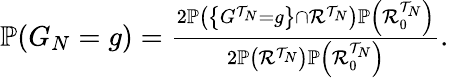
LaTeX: \begin{array}{r}{\mathbb{P}(G_{N}=g)=\frac{2\mathbb{P}\left(\left\{ G^{\mathcal{T}_{N}}=g\right\} \cap\mathcal{R}^{\mathcal{T}_{N}}\right)\mathbb{P}\left(\mathcal{R}_{0}^{\mathcal{T}_{N}}\right)}{2\mathbb{P}\left(\mathcal{R}^{\mathcal{T}_{N}}\right)\mathbb{P}\left(\mathcal{R}_{0}^{\mathcal{T}_{N}}\right)}.}\end{array}